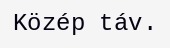
Közép táv.